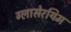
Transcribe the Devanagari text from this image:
ग्लासेरयिम